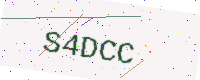
Text: S4DCC